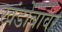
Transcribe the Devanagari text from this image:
खंडोबावर